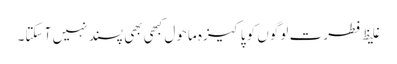
غلیظ فطرت لوگوں کو پاکیزہ ماحول کبھی بھی پسند نہیں آ سکتا۔